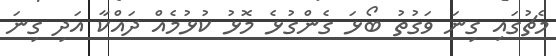
މެޗުގައި ގިނަ ވަގުތު ބޯޅަ ގެންގުޅެ މޮޅު ކުޅުމެއް ދައްކާ އަދި ގިނަ